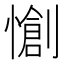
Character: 𭞶